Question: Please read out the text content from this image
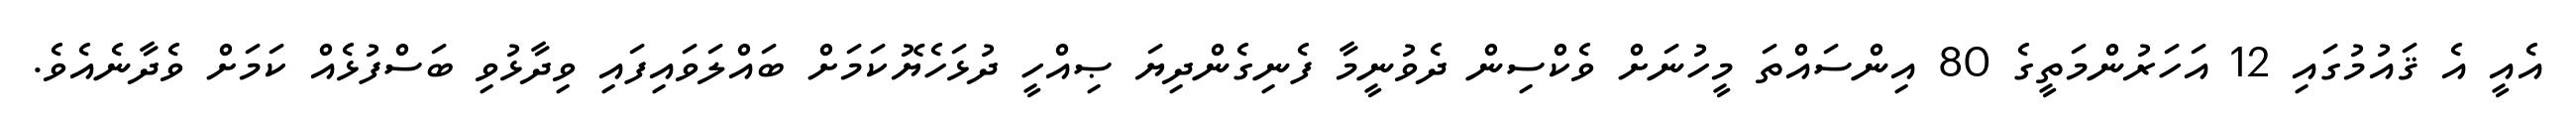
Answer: އެއީ އެ ޤައުމުގައި 12 އަހަރުންމަތީގެ 80 އިންސައްތަ މީހުނަށް ވެކްސިން ދެވުނީމާ ފެނިގެންދިޔަ ޞިއްހީ ދުޅަހެޔޮކަމަށް ބައްލަވައިފައި ވިދާޅުވި ބަސްފުޅެއް ކަމަށް ވެދާނެއެވެ.